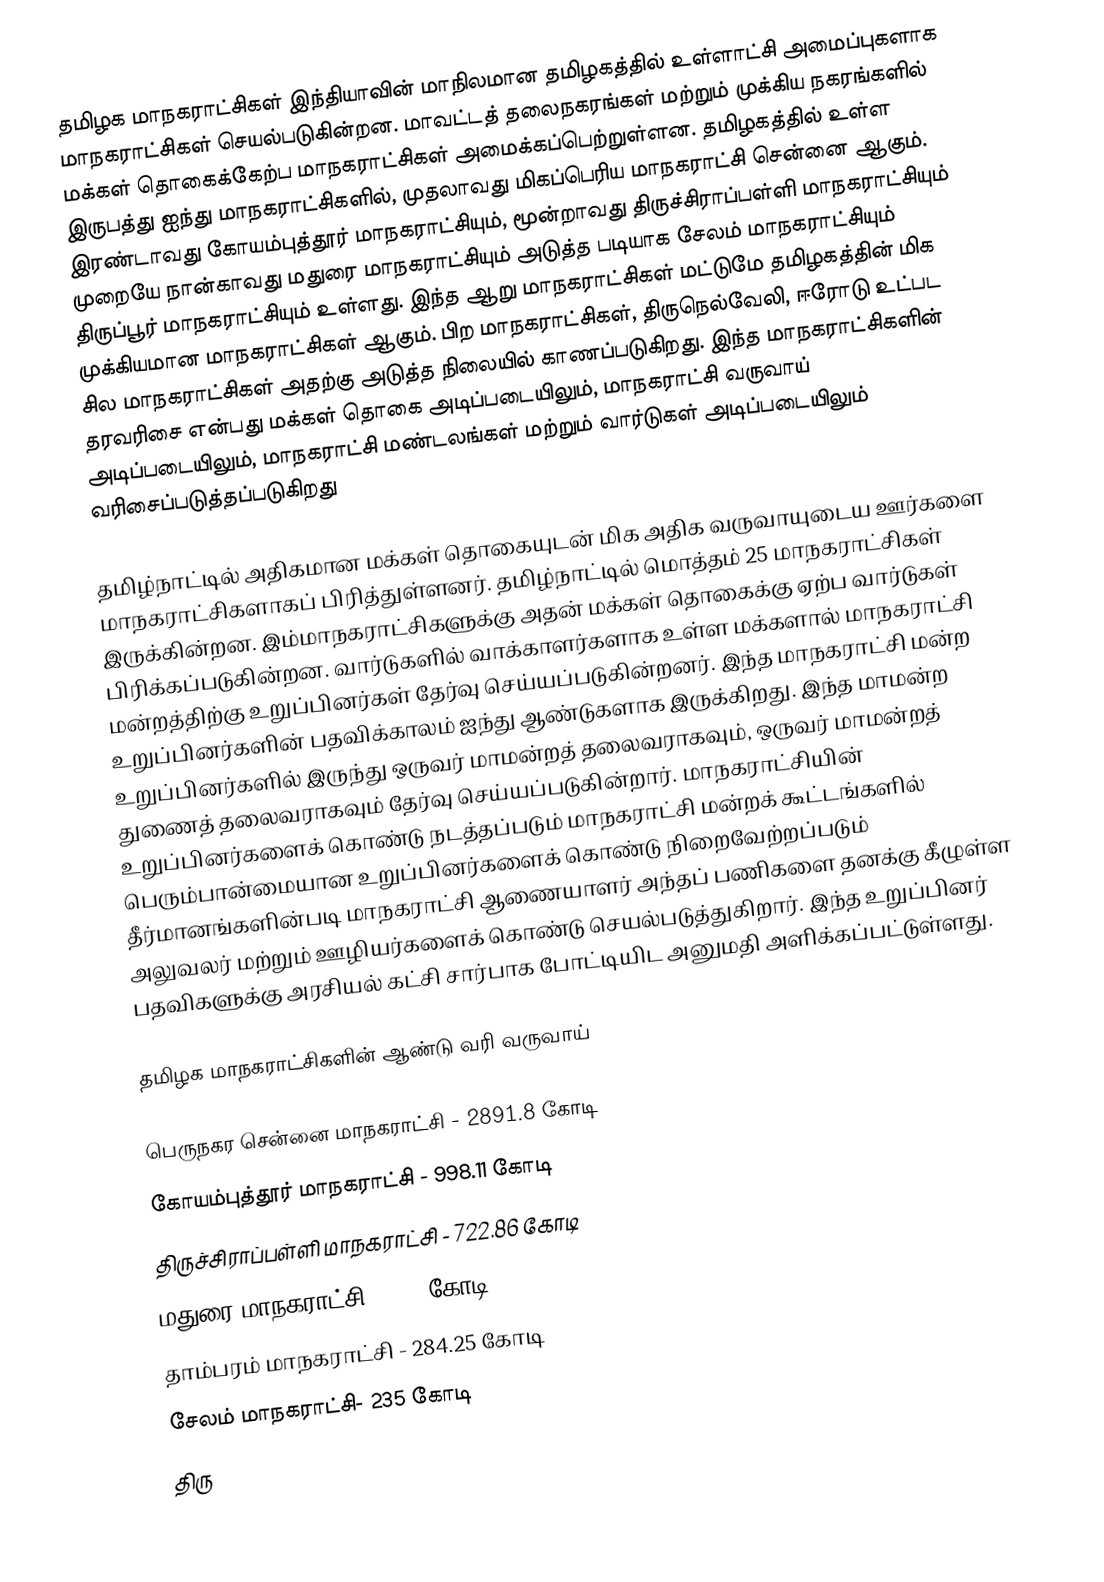
தமிழக மாநகராட்சிகள் இந்தியாவின் மாநிலமான தமிழகத்தில் உள்ளாட்சி அமைப்புகளாக மாநகராட்சிகள் செயல்படுகின்றன. மாவட்டத் தலைநகரங்கள் மற்றும் முக்கிய நகரங்களில் மக்கள் தொகைக்கேற்ப மாநகராட்சிகள் அமைக்கப்பெற்றுள்ளன. தமிழகத்தில் உள்ள இருபத்து ஐந்து மாநகராட்சிகளில், முதலாவது மிகப்பெரிய மாநகராட்சி சென்னை ஆகும். இரண்டாவது கோயம்புத்தூர் மாநகராட்சியும், மூன்றாவது திருச்சிராப்பள்ளி மாநகராட்சியும் முறையே நான்காவது  மதுரை மாநகராட்சியும்  அடுத்த படியாக சேலம் மாநகராட்சியும் திருப்பூர் மாநகராட்சியும் உள்ளது. இந்த ஆறு மாநகராட்சிகள் மட்டுமே தமிழகத்தின் மிக முக்கியமான மாநகராட்சிகள் ஆகும். பிற மாநகராட்சிகள், திருநெல்வேலி, ஈரோடு உட்பட சில மாநகராட்சிகள் அதற்கு அடுத்த நிலையில் காணப்படுகிறது. இந்த மாநகராட்சிகளின் தரவரிசை என்பது மக்கள் தொகை அடிப்படையிலும், மாநகராட்சி வருவாய் அடிப்படையிலும், மாநகராட்சி மண்டலங்கள் மற்றும் வார்டுகள் அடிப்படையிலும் வரிசைப்படுத்தப்படுகிறது

தமிழ்நாட்டில் அதிகமான மக்கள் தொகையுடன் மிக அதிக வருவாயுடைய ஊர்களை மாநகராட்சிகளாகப் பிரித்துள்ளனர். தமிழ்நாட்டில் மொத்தம் 25 மாநகராட்சிகள் இருக்கின்றன. இம்மாநகராட்சிகளுக்கு அதன் மக்கள் தொகைக்கு ஏற்ப வார்டுகள் பிரிக்கப்படுகின்றன. வார்டுகளில் வாக்காளர்களாக உள்ள மக்களால் மாநகராட்சி மன்றத்திற்கு உறுப்பினர்கள் தேர்வு செய்யப்படுகின்றனர். இந்த மாநகராட்சி மன்ற உறுப்பினர்களின் பதவிக்காலம் ஐந்து ஆண்டுகளாக இருக்கிறது. இந்த மாமன்ற உறுப்பினர்களில் இருந்து ஒருவர் மாமன்றத் தலைவராகவும், ஒருவர் மாமன்றத் துணைத் தலைவராகவும் தேர்வு செய்யப்படுகின்றார். மாநகராட்சியின் உறுப்பினர்களைக் கொண்டு நடத்தப்படும் மாநகராட்சி மன்றக் கூட்டங்களில் பெரும்பான்மையான உறுப்பினர்களைக் கொண்டு நிறைவேற்றப்படும் தீர்மானங்களின்படி மாநகராட்சி ஆணையாளர் அந்தப் பணிகளை தனக்கு கீழுள்ள அலுவலர் மற்றும் ஊழியர்களைக் கொண்டு செயல்படுத்துகிறார். இந்த உறுப்பினர் பதவிகளுக்கு அரசியல் கட்சி சார்பாக போட்டியிட அனுமதி அளிக்கப்பட்டுள்ளது.

தமிழக மாநகராட்சிகளின் ஆண்டு வரி வருவாய்

 பெருநகர சென்னை மாநகராட்சி - 2891.8 கோடி
 கோயம்புத்தூர் மாநகராட்சி - 998.11 கோடி
 திருச்சிராப்பள்ளி மாநகராட்சி - 722.86 கோடி
 மதுரை மாநகராட்சி - 432 கோடி
 தாம்பரம் மாநகராட்சி - 284.25 கோடி
 சேலம் மாநகராட்சி- 235 கோடி
 திரு